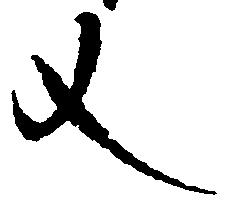
文